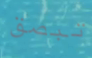
تبصق